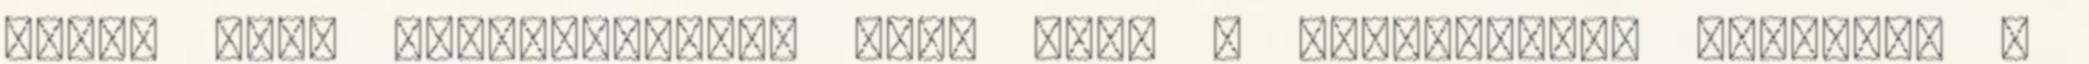
végig azon mesterkedett, hogy majd a mágiamentes világban a